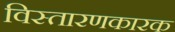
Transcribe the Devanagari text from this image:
विस्तारणकारक